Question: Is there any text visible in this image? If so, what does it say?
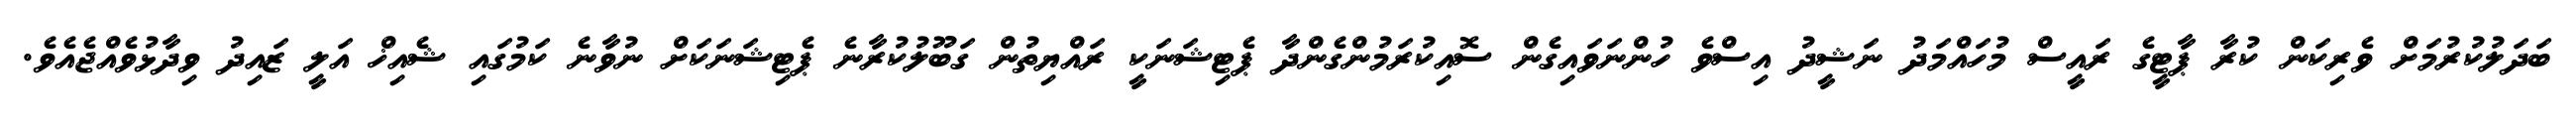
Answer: ބަދަލުކުރުމަށް ވެރިކަން ކުރާ ޕާޓީގެ ރައީސް މުހައްމަދު ނަޝީދު އިސްވެ ހުންނަވައިގެން ސޮއިކުރަމުންގެންދާ ޕެޓިޝަނަކީ ރައްޔިތުން ގަބޫލުކުރާނެ ޕެޓިޝަނަކަށް ނުވާނެ ކަމުގައި ޝެއިޚް އަލީ ޒައިދު ވިދާޅުވެއްޖެއެވެ.